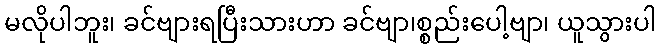
မလိုပါဘူး၊ ခင်ဗျားရပြီးသားဟာ ခင်ဗျာ၊စ္စည်းပေါ့ဗျာ၊ ယူသွားပါ